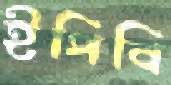
ইপিবি